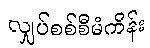
လျှပ်စစ်စီမံကိန်း